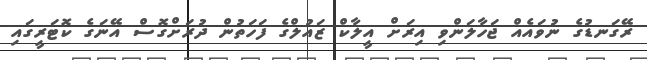
ރޭގަނޑުގެ ނުވައެއް ޖަހާލަންވި އިރަށް އީލާކް ޒައުލްގެ ފަހަތުން ދުރަށްގޮސް އޭނަގެ ކޮޓަރީގައި